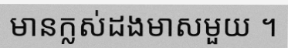
មានក្លស់ដងមាសមួយ ។